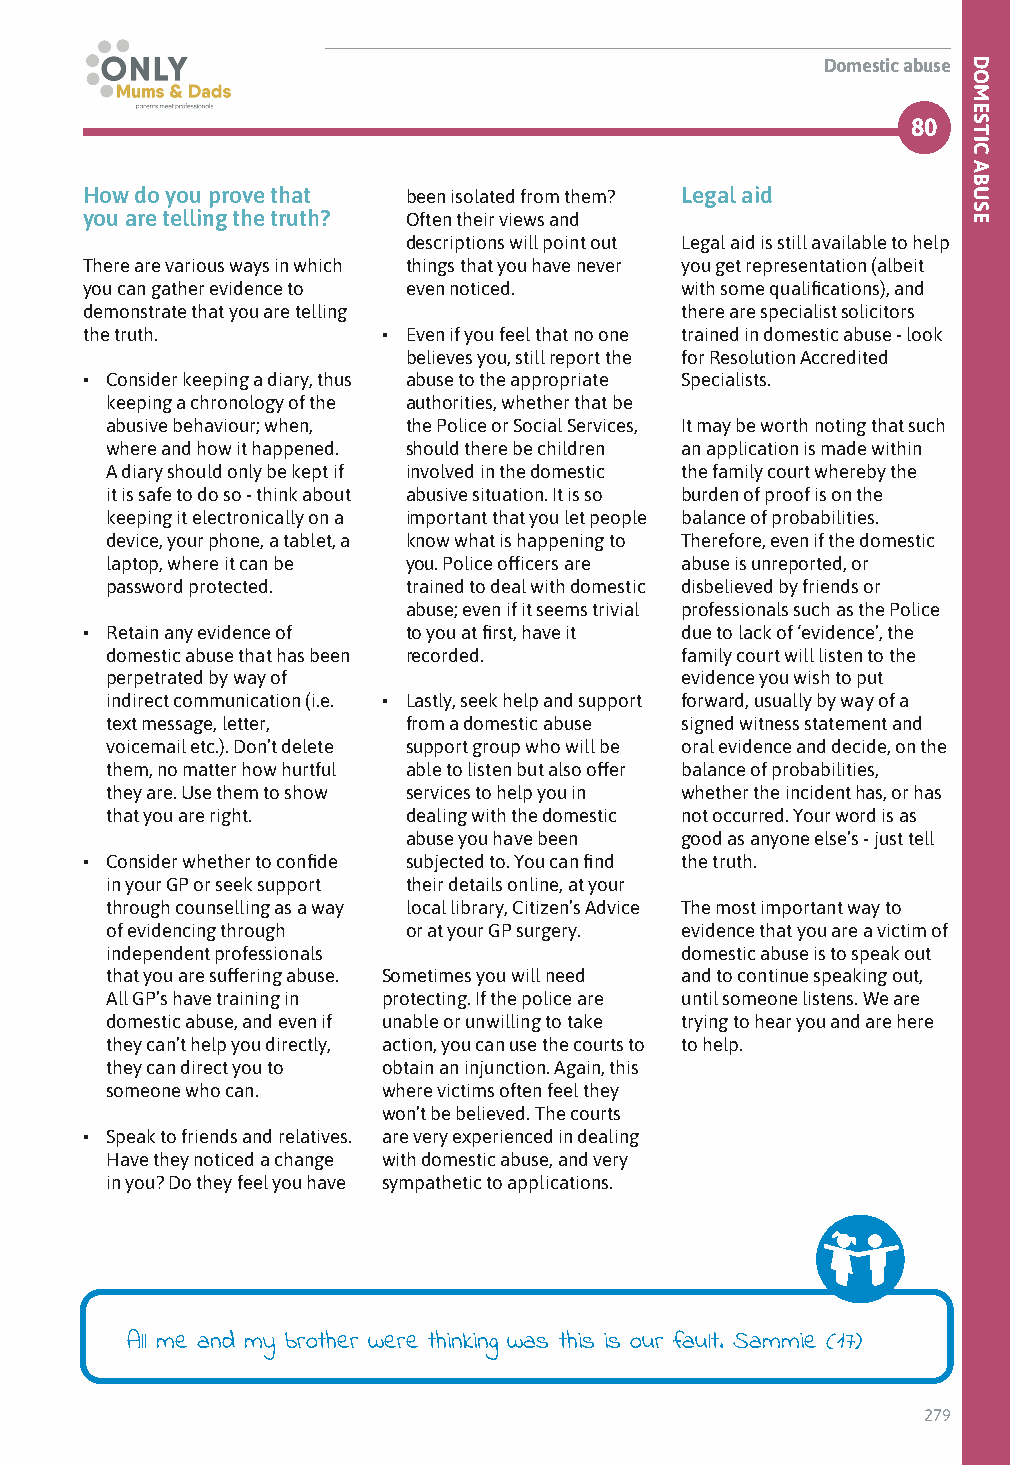
Domestic abuse
 80
 How do you prove that been isolated from them? Legal aid
 you are telling the truth? Often their views and
 descriptions will point out Legal aid is still available to help
 There are various ways in which things that you have never you get representation (albeit
 you can gather evidence to even noticed. with some qualifications), and
 demonstrate that you are telling        there are specialist solicitors
 the truth.          • Even if you feel that no one trained in domestic abuse - look
 believes you, still report the for Resolution Accredited
 • Consider keeping a diary, thus abuse to the appropriate Specialists.
 keeping a chronology of the authorities, whether that be
 abusive behaviour; when, the Police or Social Services, It may be worth noting that such
 where and how it happened. should there be children an application is made within
 A diary should only be kept if involved in the domestic the family court whereby the
 it is safe to do so - think about abusive situation. It is so burden of proof is on the
 keeping it electronically on a important that you let people balance of probabilities.
 device, your phone, a tablet, a know what is happening to Therefore, even if the domestic
 laptop, where it can be you. Police officers are abuse is unreported, or
 password protected. trained to deal with domestic disbelieved by friends or
 abuse; even if it seems trivial professionals such as the Police
 • Retain any evidence of to you at first, have it due to lack of ‘evidence’, the
 domestic abuse that has been recorded. family court will listen to the
 perpetrated by way of                 evidence you wish to put
 indirect communication (i.e. • Lastly, seek help and support forward, usually by way of a
 text message, letter, from a domestic abuse signed witness statement and
 voicemail etc.). Don’t delete support group who will be oral evidence and decide, on the
 them, no matter how hurtful able to listen but also offer balance of probabilities,
 they are. Use them to show services to help you in whether the incident has, or has
 that you are right. dealing with the domestic not occurred. Your word is as
 abuse you have been good as anyone else’s - just tell
 • Consider whether to confide subjected to. You can find the truth.
 in your GP or seek support their details online, at your
 through counselling as a way local library, Citizen’s Advice The most important way to
 of evidencing through or at your GP surgery. evidence that you are a victim of
 independent professionals             domestic abuse is to speak out
 that you are suffering abuse. Sometimes you will need and to continue speaking out,
 All GP’s have training in protecting. If the police are until someone listens. We are
 domestic abuse, and even if unable or unwilling to take trying to hear you and are here
 they can’t help you directly, action, you can use the courts to to help.
 they can direct you to obtain an injunction. Again, this
 someone who can.  where victims often feel they
 won’t be believed. The courts
 • Speak to friends and relatives. are very experienced in dealing
 Have they noticed a change with domestic abuse, and very
 in you? Do they feel you have sympathetic to applications.
 All me and my brother were thinking was this is our fault. Sammie (17)
 279
 DOMESTIC
 ABUSE